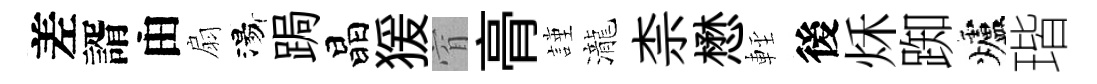
差諝由扇湯跼晶猨窅𮌔謹瀧柰懋䡖後秌踟爐瑎